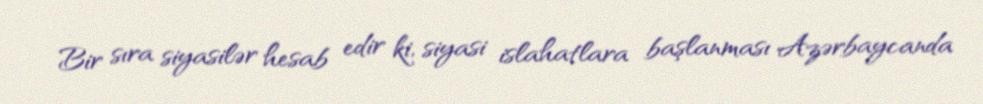
Bir sıra siyasilər hesab edir ki, siyasi islahatlara başlanması Azərbaycanda